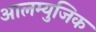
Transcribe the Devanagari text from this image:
आलम्युजिक